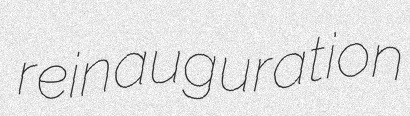
reinauguration